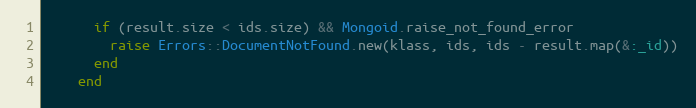
Language: Ruby
      if (result.size < ids.size) && Mongoid.raise_not_found_error
        raise Errors::DocumentNotFound.new(klass, ids, ids - result.map(&:_id))
      end
    end